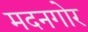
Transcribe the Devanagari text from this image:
मदनगोर